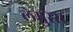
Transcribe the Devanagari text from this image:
लेमुरेस